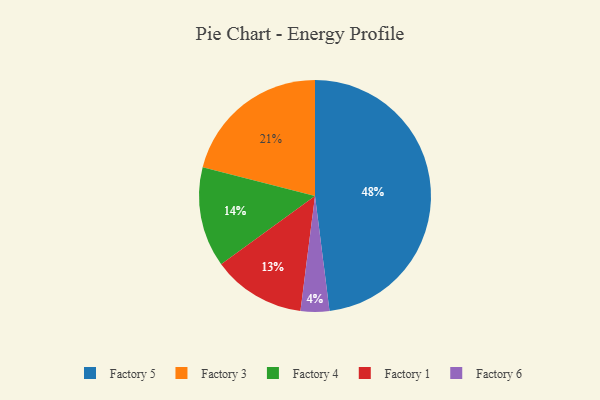
{"axis": {"x": "Category", "y": "Percentage"}, "legend": ["Factory 1", "Factory 3", "Factory 4", "Factory 5", "Factory 6"], "data": [{"x": "Factory 4", "y": 14, "type": "Factory 4"}, {"x": "Factory 3", "y": 21, "type": "Factory 3"}, {"x": "Factory 6", "y": 4, "type": "Factory 6"}, {"x": "Factory 5", "y": 48, "type": "Factory 5"}, {"x": "Factory 1", "y": 13, "type": "Factory 1"}]}